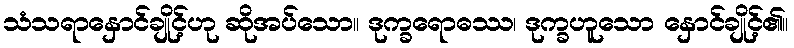
သံသရာနှောင်ချိုင့်ဟု ဆိုအပ်သော။ ဒုက္ခရောဓဿ၊ ဒုက္ခဟူသော နှောင်ချိုင့်၏။